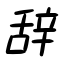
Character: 辞